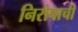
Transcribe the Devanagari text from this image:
निरोपाची